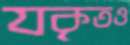
যকৃতও